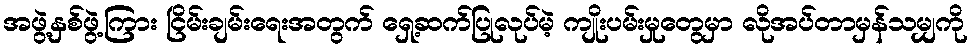
အဖွဲ့နှစ်ဖွဲ့ကြား ငြိမ်းချမ်းရေးအတွက် ရှေ့ဆက်ပြုလုပ်မဲ့ ကျိုးပမ်းမှုတွေမှာ လိုအပ်တာမှန်သမျှကို